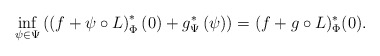
\begin{align*}\inf_{\psi\in\Psi}\left(\left(f+\psi\circ L\right)^{*}_\Phi\left(0\right)+g^{*}_\Psi\left(\psi\right)\right) = (f+g\circ L)^*_\Phi (0).\end{align*}